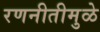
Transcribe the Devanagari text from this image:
रणनीतीमुळे